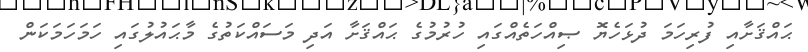
ޙައްޤަށާއި ފުރިހަމަ ދުޅަހެޔޮ ޞިއްހަތެއްގައި ހުރުމުގެ ޙައްޤަށާ އަދި މަސައްކަތުގެ މާޙައުލުގައި ހަމަހަމަކަން